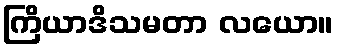
ကြိယာဒိသမတာ လယော။